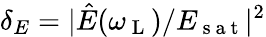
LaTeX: \delta_{E}=|\hat{E}(\omega_{\mathrm{~L~}})/E_{\mathrm{~s~a~t~}}|^{2}